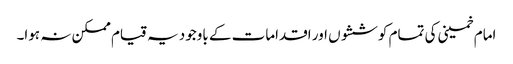
امام خمینی کی تمام کوششوں اور اقدامات کے باوجود یہ قیام ممکن نہ ہوا۔